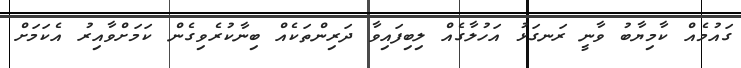
ގައުމެއް ކާމިޔާބު ވާނީ ރަނގަޅު އަހުލާގެއް ލިބިފައިވާ ދަރިންތަކެއް ބިނާކުރެވިގެން ކަމަށްވާއިރު އެކަމަށް